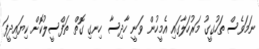
ނަމަވެސް ތަހުގީގު މަރުހަލާގައި އެމީހުން ވަނީ ހާދިސާ ހިނގި ގޮތް ތަފްސީލުކޮށް ކިޔައިދީފަ